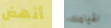
أنهض لقيامك